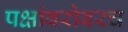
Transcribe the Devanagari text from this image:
पक्षांबरोबरच